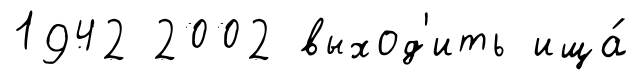
1942 2002 выход'ить ища́